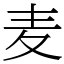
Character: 麦